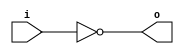
module inverting_buffer(
    input i,
    output o
);

assign o = ~i;

endmodule